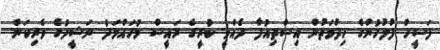
ފަސީހް ފުލުހުންގެ ހިދުމަތުން އިސްތިއުފާ ދެއްވީ ކުރީގެ ރައީސް މުހައްމަދު ނަޝީދުގެ ވެރިކަން